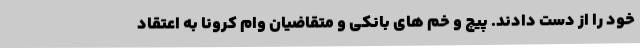
خود را از دست دادند. پیچ و خم های بانکی و متقاضیان وام کرونا به اعتقاد